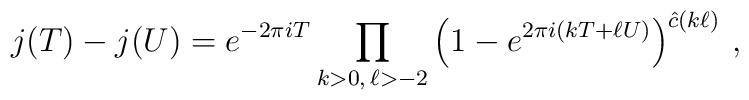
j(T) - j(U) = e^{-2\pi i T} \prod_{k>0,\, \ell >-2}\left(1 -e^{2\pi i(kT+\ell U)} \right)^{\hat{c}(k \ell )}\, ,